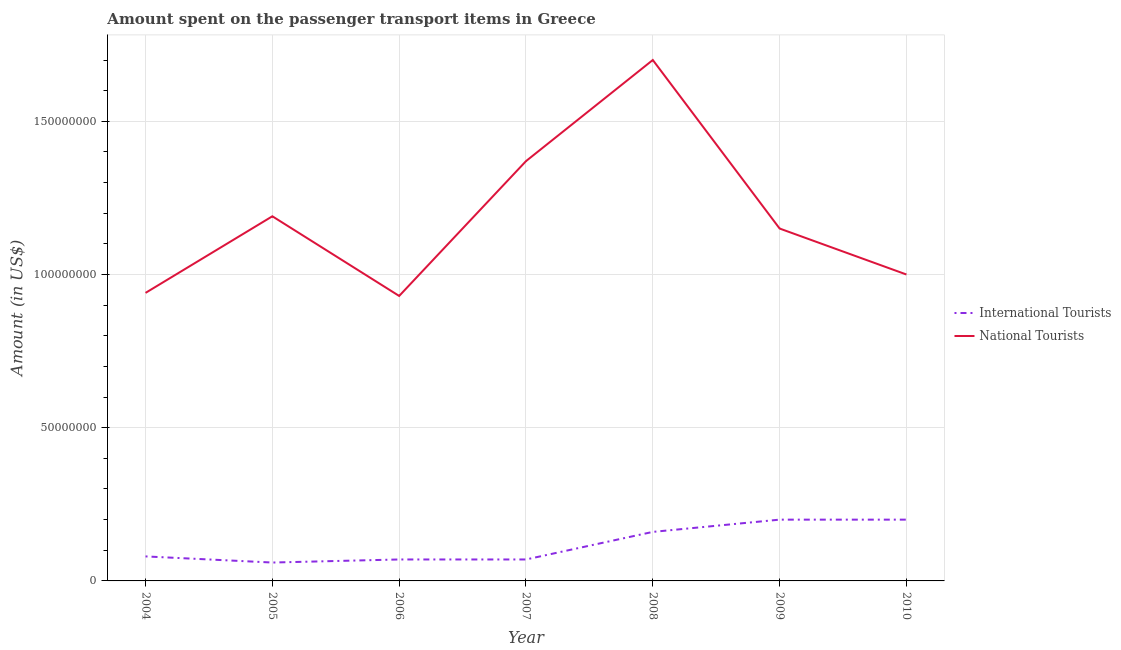
| Year | International Tourists | National Tourists |
 | --- | --- | --- |
 | 2004 | 8e+06 | 9.4e+07 |
 | 2005 | 6e+06 | 1.19e+08 |
 | 2006 | 7e+06 | 9.3e+07 |
 | 2007 | 7e+06 | 1.37e+08 |
 | 2008 | 1.6e+07 | 1.7e+08 |
 | 2009 | 2e+07 | 1.15e+08 |
 | 2010 | 2e+07 | 1e+08 |